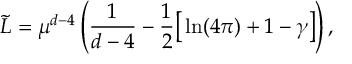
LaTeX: \tilde { L } = \mu ^ { d - 4 } \left( \frac { 1 } { d - 4 } - \frac { 1 } { 2 } \big [ \ln ( 4 \pi ) + 1 - \gamma \big ] \right) ,